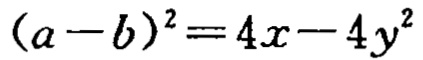
\((a - b)^2 = 4x - 4y^2\)